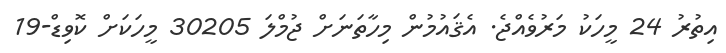
އިތުރު 24 މީހަކު މަރުވެއްޖެ. އެޤައުމުން މިހާތަނަށް ޖުމްލަ 30205 މީހަކަށް ކޮވިޑް-19